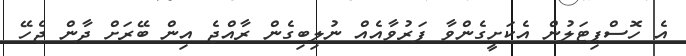
އެ ހޮސްޕިޓަލުން އެކަށީގެންވާ ފަރުވާއެއް ނުލިބިގެން ރާއްޖެ އިން ބޭރަށް ދާން ޖެހޭ